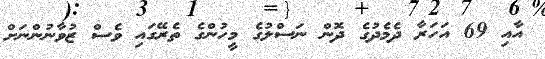
އާއި 69 އަހަރާ ދެމެދުގެ ދޮން ނަސްލުގެ މީހުންގެ ތެރޭގައި ވެސް ޒުވާނުންނަށް